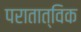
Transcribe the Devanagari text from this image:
परातात्विक